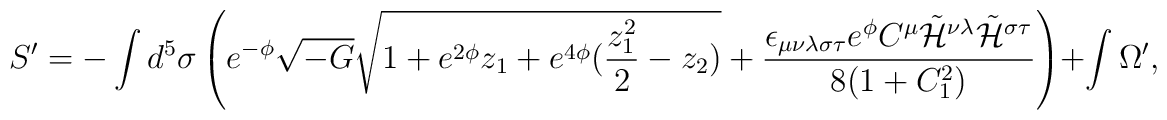
S^{\prime}= - \int d^5 \sigma \left( e^{-\phi}   \sqrt{-G}\sqrt{1+e^{2\phi}z_1+e^{4\phi}(\frac{z_1^2}{2}-z_2)}+\frac{\epsilon_{\mu\nu\lambda\sigma\tau}e^{\phi}C^{\mu}\tilde{{\cal H}}^{\nu\lambda}\tilde{{\cal H}}^{\sigma\tau}}{8(1+C_1^2)}\right)+\int \Omega^{\prime},